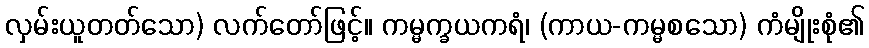
လှမ်းယူတတ်သော) လက်တော်ဖြင့်။ ကမ္မက္ခယကရံ၊ (ကာယ-ကမ္မစသော) ကံမျိုးစုံ၏